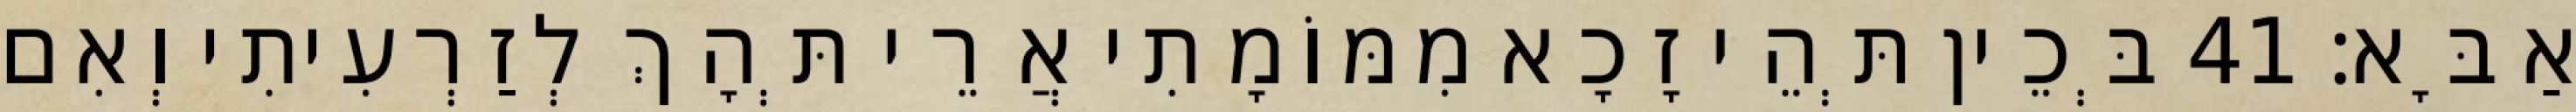
אַבָּא׃ 41 בְּכֵין תְּהֵי זָכָא מִמּוֹמָתִי אֲרֵי תְּהָךְ לְזַרְעִיתִי וְאִם